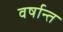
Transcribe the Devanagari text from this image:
वर्षान्त